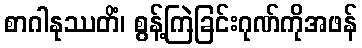
စာဂါနုဿတိံ၊ စွန့်ကြဲခြင်းဂုဏ်ကိုအဖန်